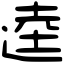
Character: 逵